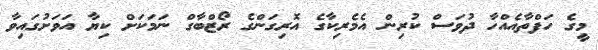
މީގެ ހަފްތާއެއްހާ ދުވަސް ކުރިން އެމެރިކާގެ އޮރިގަންގެ ރޯޒްބާގް ނަމަކަށް ކިޔާ އަވަށުގައިވާ